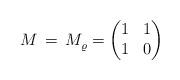
LaTeX: \begin{align*} M \, = \, M^{}_{\varrho} = \begin{pmatrix} 1 & 1 \\ 1 & 0 \end{pmatrix}\end{align*}